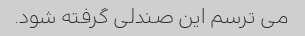
می ترسم این صندلی گرفته شود.